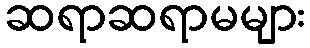
ဆရာဆရာမများ